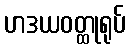
ဟဒယဝတ္ထုရုပ်